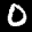
Label: 0